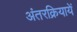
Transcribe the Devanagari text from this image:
अंतरक्रियायें